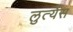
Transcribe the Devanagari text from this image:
लुत्येंस